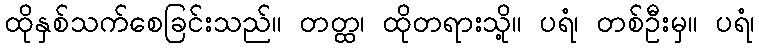
ထိုနှစ်သက်စေခြင်းသည်။ တတ္ထ၊ ထိုတရားသို့။ ပရံ၊ တစ်ဦးမှ။ ပရံ၊